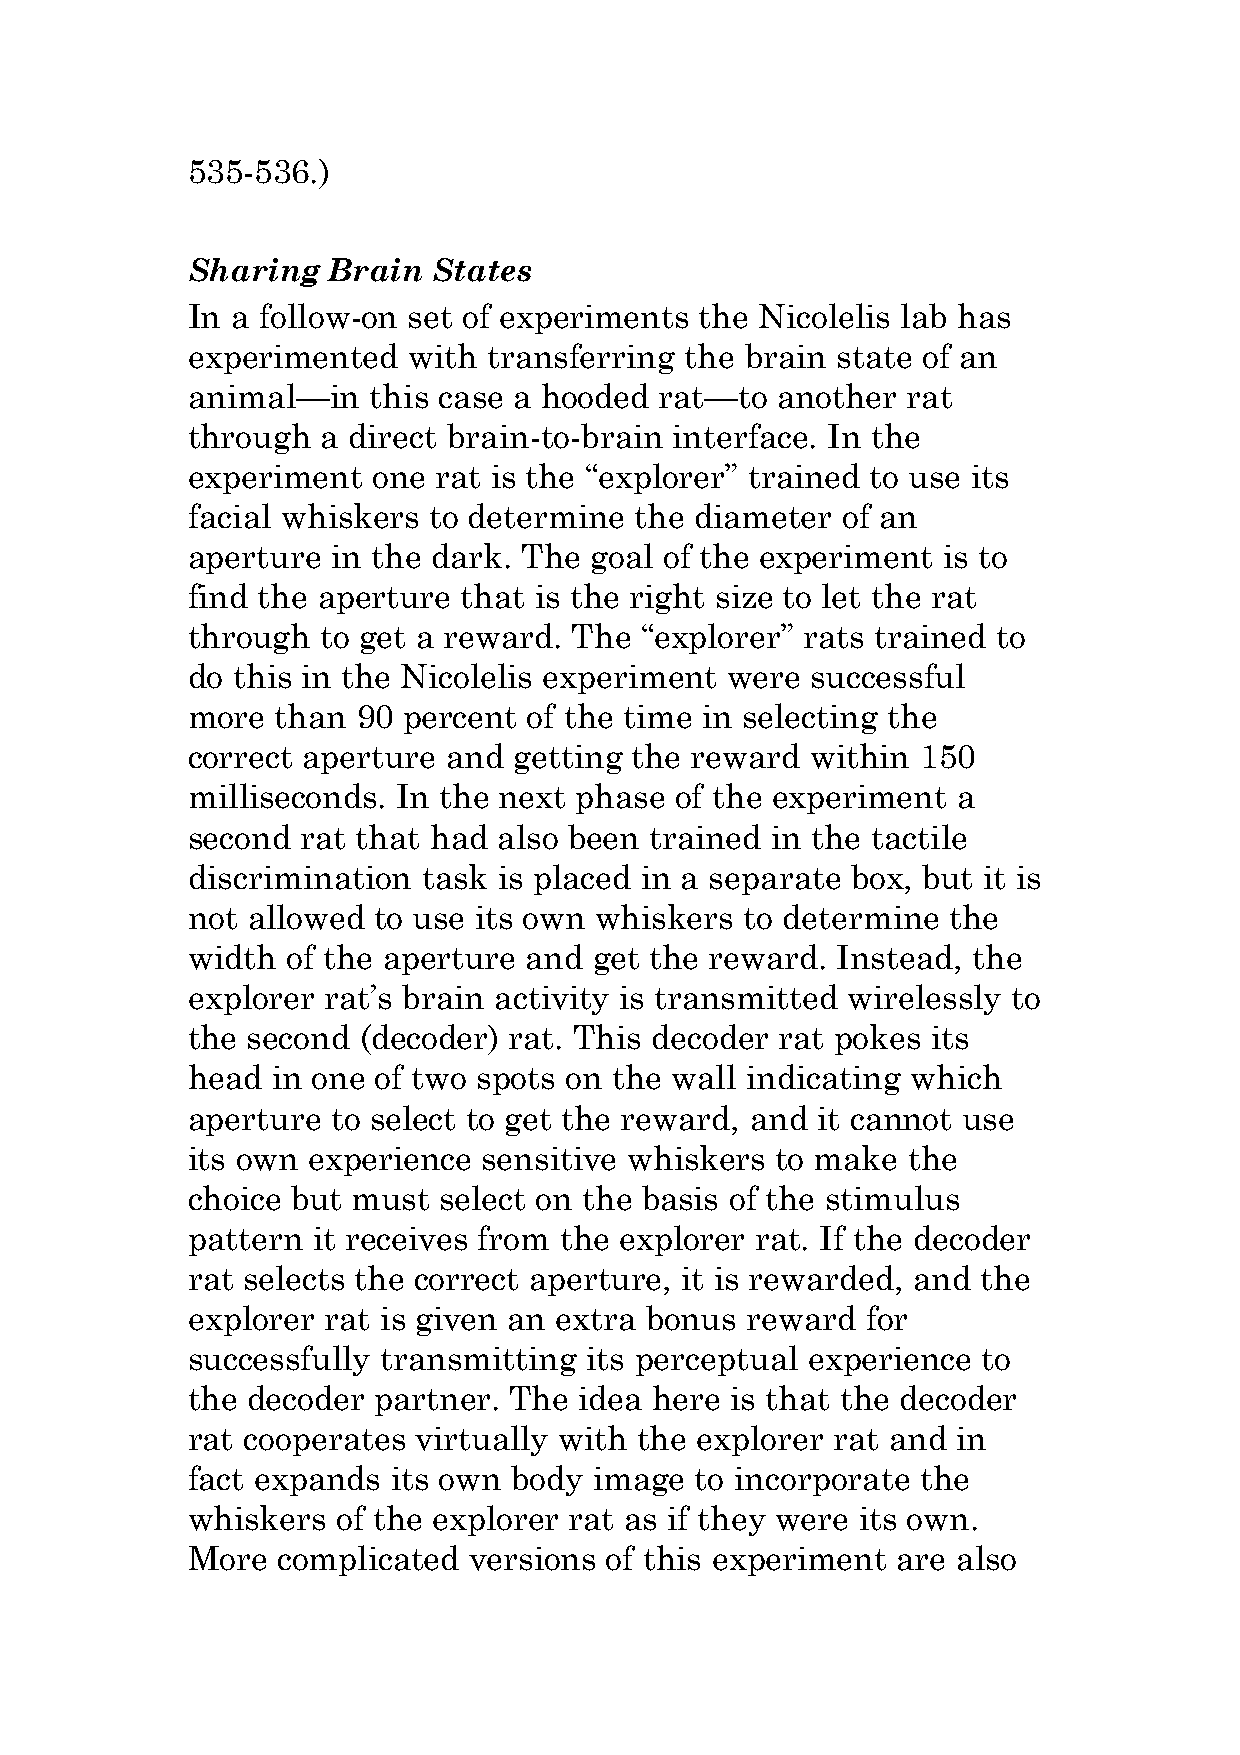
535-536.)
 Sharing   Brain  States
 In a follow-on set of experiments the Nicolelis lab has
 experimented   with transferring the brain state of an
 animal—in   this case a hooded  rat—to another  rat
 through  a direct brain-to-brain interface. In the
 experiment   one rat is the “explorer” trained to use its
 facial whiskers to determine  the diameter  of an
 aperture  in the dark. The goal of the experiment is to
 find the aperture that is the right size to let the rat
 through  to get a reward. The “explorer” rats trained to
 do this in the Nicolelis experiment were  successful
 more  than  90 percent of the time in selecting the
 correct aperture  and getting the reward  within 150
 milliseconds. In the next phase  of the experiment a
 second  rat that had also been trained in the tactile
 discrimination  task is placed in a separate box, but it is
 not allowed  to use its own whiskers to determine  the
 width  of the aperture and get the reward. Instead, the
 explorer rat’s brain activity is transmitted wirelessly to
 the second  (decoder) rat. This decoder rat pokes its
 head  in one of two spots on the wall indicating which
 aperture  to select to get the reward, and it cannot use
 its own experience  sensitive whiskers to make  the
 choice but must  select on the basis of the stimulus
 pattern  it receives from the explorer rat. If the decoder
 rat selects the correct aperture, it is rewarded, and the
 explorer rat is given an extra bonus reward  for
 successfully transmitting  its perceptual experience to
 the decoder  partner. The idea here is that the decoder
 rat cooperates virtually with the explorer rat and in
 fact expands  its own body image  to incorporate the
 whiskers  of the explorer rat as if they were its own.
 More  complicated  versions of this experiment are also